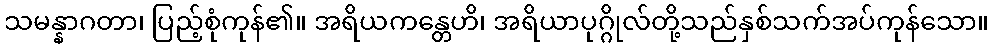
သမန္နာဂတာ၊ ပြည့်စုံကုန်၏။ အရိယကန္တေဟိ၊ အရိယာပုဂ္ဂိုလ်တို့သည်နှစ်သက်အပ်ကုန်သော။